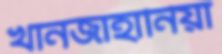
খানজাহানিয়া